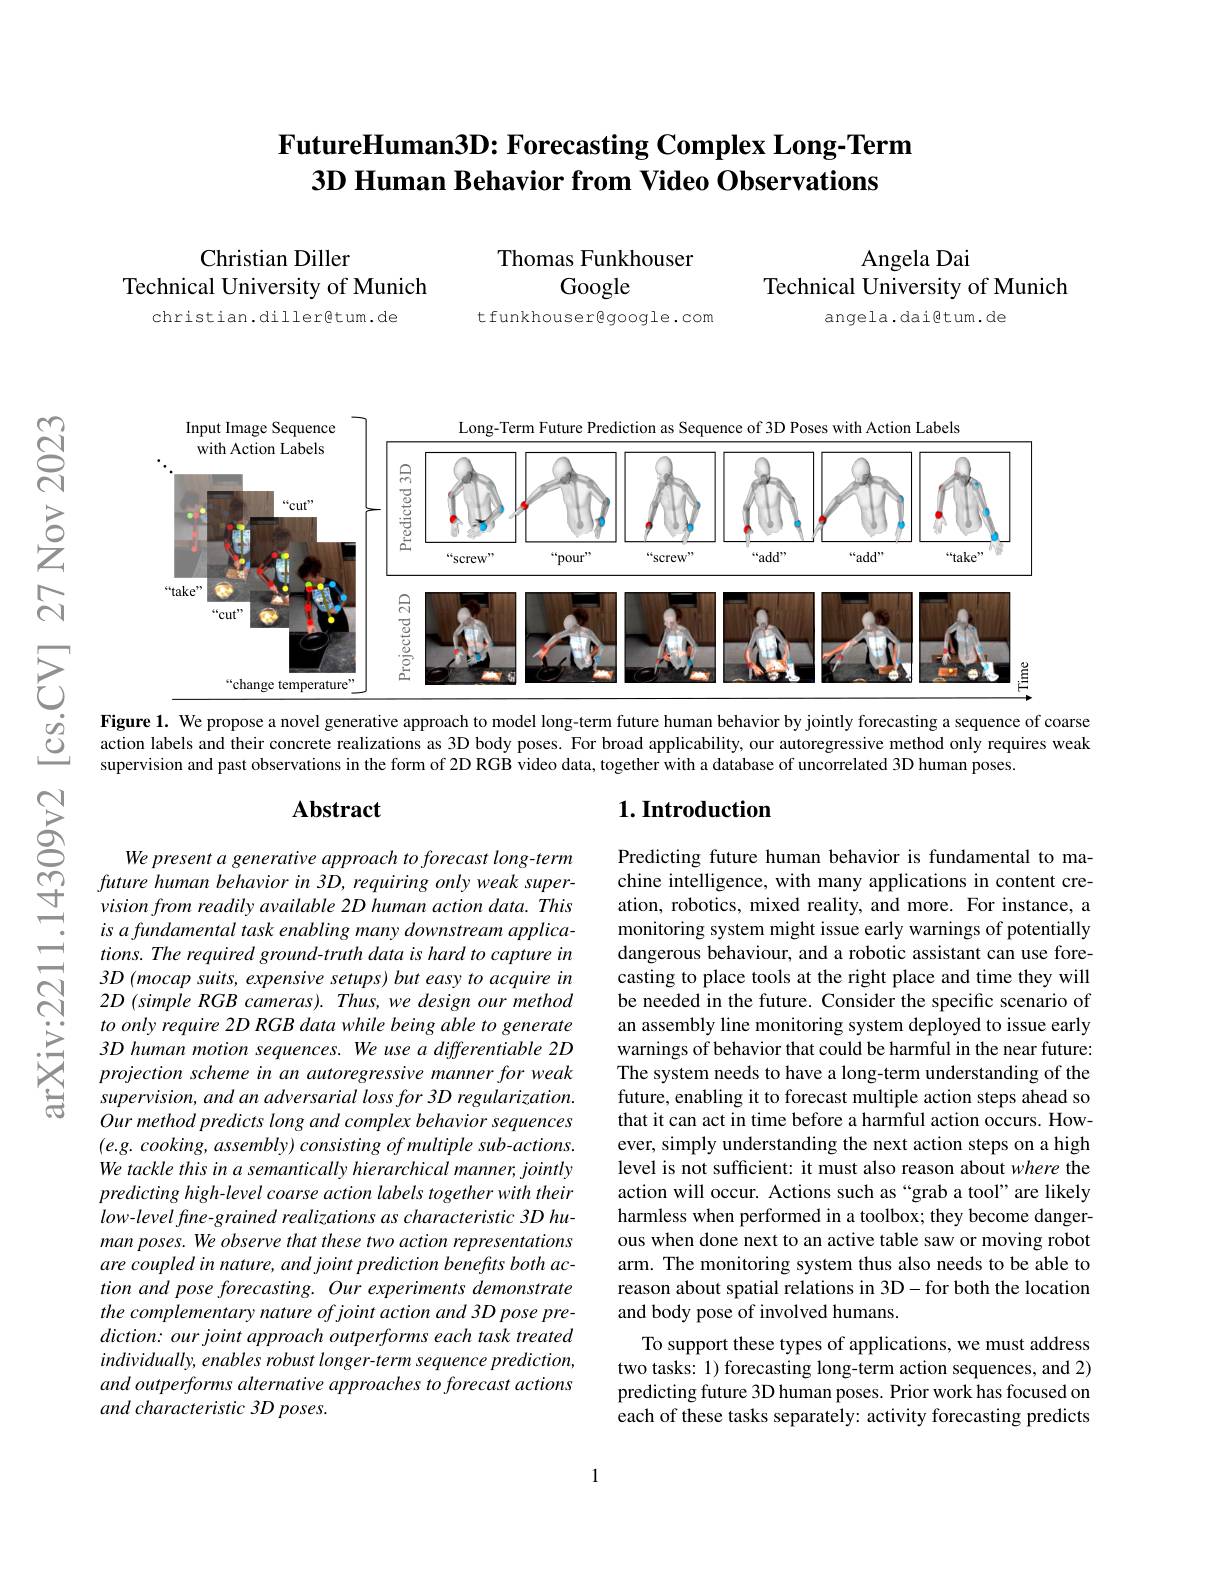
# $\textbf{FutureHuman3D: Forecasting Complex Long- Term}$ 3D Human Behavior from Video Observations

Thomas Funkhouser
Google

Angela Dai
Technical University of Munich

## Christian Diller Technical University of Munich christian.diller@tum.de

angela.daigtum.de

t funkhousergoogle.com

<FigureHere>
Figure 1. We propose a novel generative approach to model long-term future human behavior by jointly forecasting a sequence of coarse

action labels and their concrete realizations as 3D body poses. For broad applicability, our autoregressive method only requires weak
supervision and past observations in the form of 2D RGB video data, together with a database of uncorrelated 3D human poses

## Abstract

## $1. \textbf{Introduction}$

Predicting future human behavior is fundamental to machine intelligence, with many applications in content creation, robotics, mixed reality, and more. For instance, a monitoring system might issue early warnings of potentially dangerous behaviour, and a robotic assistant can use forecasting to place tools at the right place and time they will be needed in the future. Consider the specific scenario of an assembly line monitoring system deployed to issue early warnings of behavior that could be harmful in the near future: The system needs to have a long-term understanding of the future, enabling it to forecast multiple action steps ahead so that it can act in time before a harmful action occurs. However, simply understanding the next action steps on a high level is not sufficient: it must also reason about where the action will occur. Actions such as “grab a tool”are likely harmless when performed in a toolbox; they become dangerous when done next to an active table saw or moving robot arm. The monitoring system thus also needs to be able to reason about spatial relations in 3D-for both the location and body pose of involved humans.
To support these types of applications, we must address two tasks: 1) forecasting long-term action sequences, and 2) predicting future 3D human poses. Prior work has focused on each of these tasks separately: activity forecasting predicts

We present a generative approach to forecast long-term future human behavior in 3D, requiring only weak supervision from readily available 2D human action data. This is a fundamental task enabling many downstream applications. The required ground-truth data is hard to capture in 3D (mocap suits, expensive setups) but easy to acquire in $2D(simpleRGBcameras).Thus,wedesignourmethod$ to only require 2D RGB data while being able to generate 3D human motion sequences. We use a differentiable 2D projection scheme in an autoregressive manner for weak supervision, and an adversarial loss for 3D regularization. Our method predicts long and complex behavior sequences $(e.g.cooking,assembly)consistingofmultiplesub-actions.$ We tackle this in a semantically hierarchical manner, jointly predicting high-level coarse action labels together with their low-level fine-grained realizations as characteristic 3D human poses. We observe that these two action representations are coupled in nature, and joint prediction benefits both action and pose forecasting. Our experiments demonstrate the complementary nature of joint action and 3D pose prediction: our joint approach outperforms each task treated individually, enables robust longer- term sequence prediction, and outperforms alternative approaches to forecast actions and characteristic 3D poses.

1